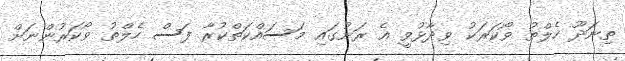
ތިނަދޫ ހެލްތު ވޯކަރަކު ވިދާޅުވީ އެ ރަށުގައި މަސައްކަތްކުރާ ފަސް ހެލްތު ވޯކަރުންނަށް